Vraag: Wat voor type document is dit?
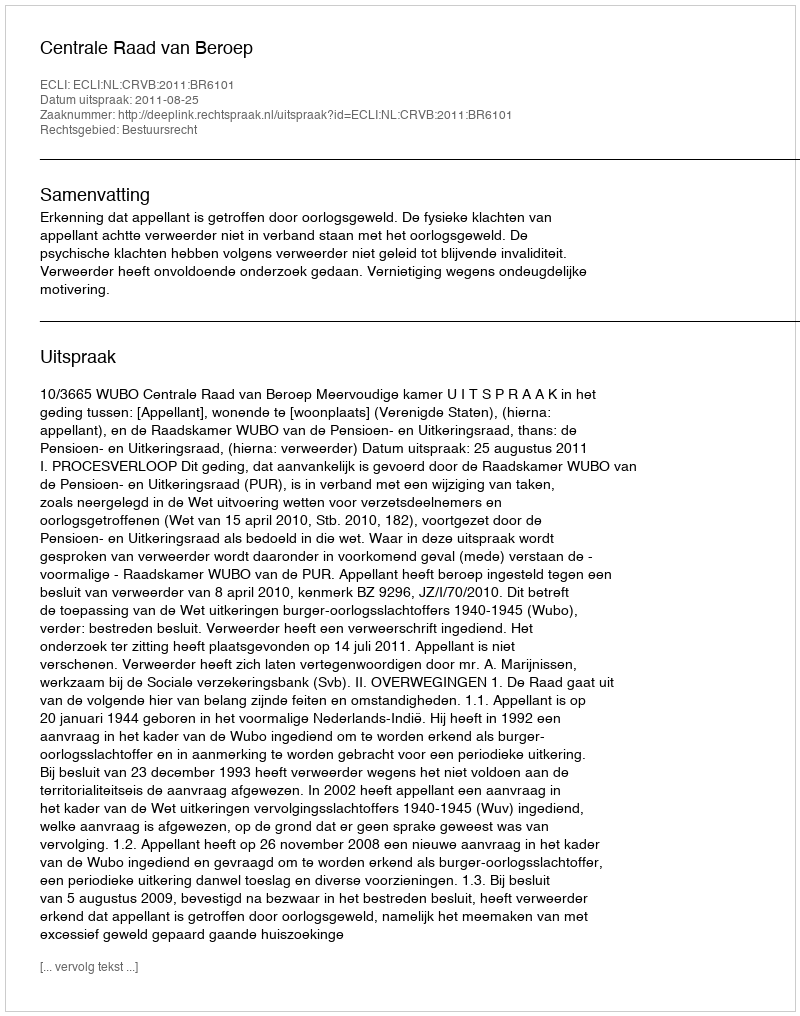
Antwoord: Uitspraak